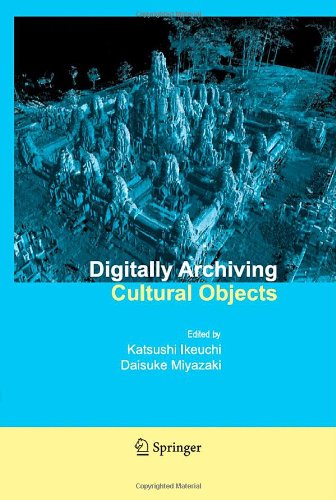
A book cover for Digitally Archiving Cultural Objects; Computers & Technology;